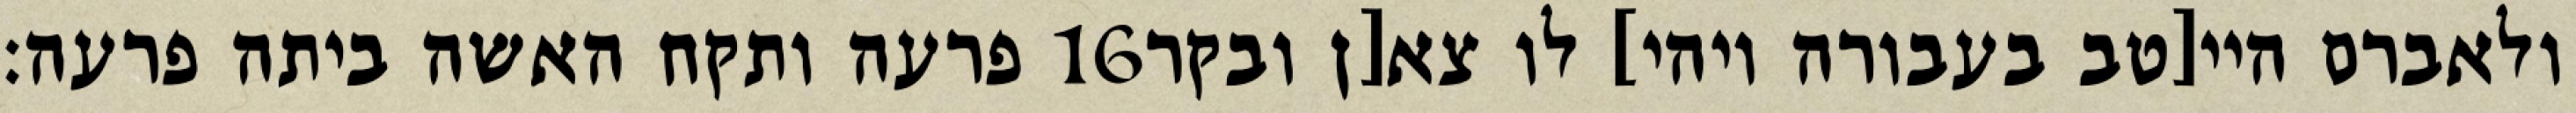
פרעה ותקח האשה ביתה פרעה׃ ‎16‏ ולאברם היי[טב בעבורה ויהי] לו צא[ן ובקר